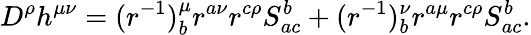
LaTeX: D^{\rho}h^{\mu\nu}=(r^{-1})_{b}^{\mu}r^{a\nu}r^{c\rho}S_{ac}^{b}+(r^{-1})_{b}^{\nu}r^{a\mu}r^{c\rho}S_{ac}^{b}.